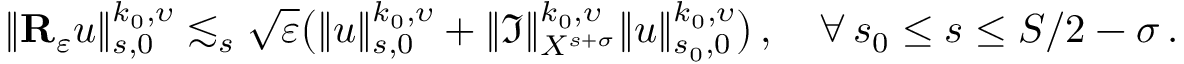
\| { \bf R } _ { \varepsilon } u \| _ { s , 0 } ^ { k _ { 0 } , \upsilon } \lesssim _ { s } \sqrt { \varepsilon } \big ( \| u \| _ { s , 0 } ^ { k _ { 0 } , \upsilon } + \| { \mathfrak I } \| _ { { \cal X } ^ { s + \sigma } } ^ { k _ { 0 } , \upsilon } \| u \| _ { s _ { 0 } , 0 } ^ { k _ { 0 } , \upsilon } \big ) \, , \quad \forall \, s _ { 0 } \leq s \leq S / 2 - \sigma \, .